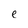
Character: e